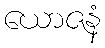
ယောဇနံ